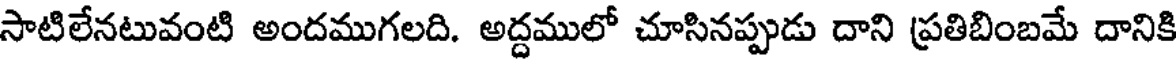
సాటిలేనటువంటి అందముగలది. అద్దములో చూసినప్పుడు దాని ప్రతిబింబమే దానికి